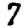
Digit: 7